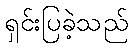
ရှင်းပြခဲ့သည်